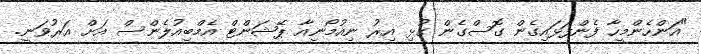
"އަންހެންމީހާ ފެންފަޅައިގެން ގޮސްގެން ގުޅި އިރު ނިއުމޯނިއާ ޕޭޝަންޓް އެމްބިއުލެންސް އަށް އަރުވަނީ.